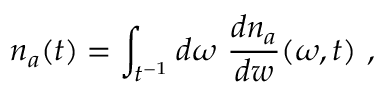
n _ { a } ( t ) = \int _ { t ^ { - 1 } } d \omega ~ { \frac { d n _ { a } } { d w } } ( \omega , t ) \ ,